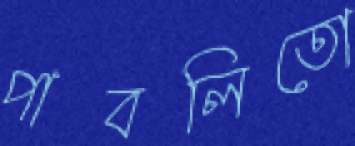
পাবলিতো